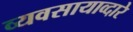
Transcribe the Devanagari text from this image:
व्यवसायाव्दारे